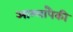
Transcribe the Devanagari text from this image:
आम्लांपैकी